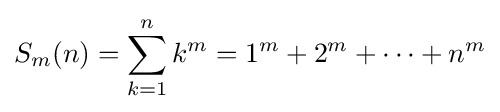
S_{m}(n)=\sum _{k=1}^{n}k^{m}=1^{m}+2^{m}+\cdots +n^{m}